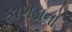
કાગડાનો